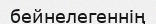
бейнелегеннің